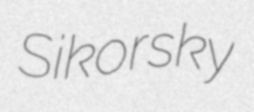
Sikorsky